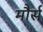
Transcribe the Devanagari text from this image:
मौर्स